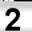
Digit: 2